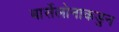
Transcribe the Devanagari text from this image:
बार्सेलोनाकडुन